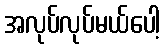
အလုပ်လုပ်မယ်ပေါ့